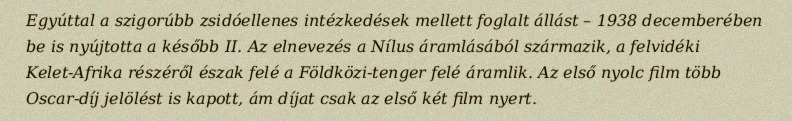
Egyúttal a szigorúbb zsidóellenes intézkedések mellett foglalt állást – 1938 decemberében be is nyújtotta a később II. Az elnevezés a Nílus áramlásából származik, a felvidéki Kelet-Afrika részéről észak felé a Földközi-tenger felé áramlik. Az első nyolc film több Oscar-díj jelölést is kapott, ám díjat csak az első két film nyert.